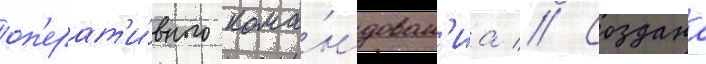
оп'ерат'и́вного кома́ндован'иа // Создана